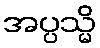
အပ္ပသ္မိ